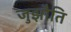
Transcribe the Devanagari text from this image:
जुझौति